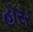
હોરર